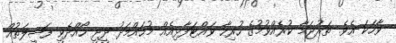
ވާހަކަ އެވެ. ތަރުޖަމާ ކުރެއްވުމުގެ ހުރިހާ ވައްޓަފާޅިއެއް މުޙައްމަދު ދީދީ ހޯއްދެވީ ފަޟީލަތުއް